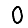
Digit: 0